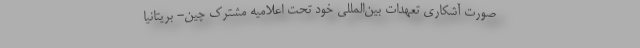
صورت آشکاری تعهدات بین‌المللی خود تحت اعلامیه مشترک چین- بریتانیا